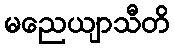
မညေယျာသီတိ